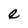
Character: e